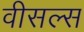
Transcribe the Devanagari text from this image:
वीसल्स